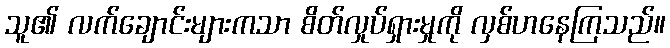
သူ၏ လက်ချောင်းများကသာ စိတ်လှုပ်ရှားမှုကို လှစ်ဟနေကြသည်။